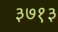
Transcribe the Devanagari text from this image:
३७१३